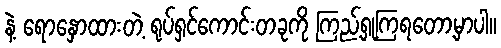
နဲ့ ရောနှောထားတဲ့ ရုပ်ရှင်ကောင်းတခုကို ကြည့်ရှုကြရတော့မှာပါ။